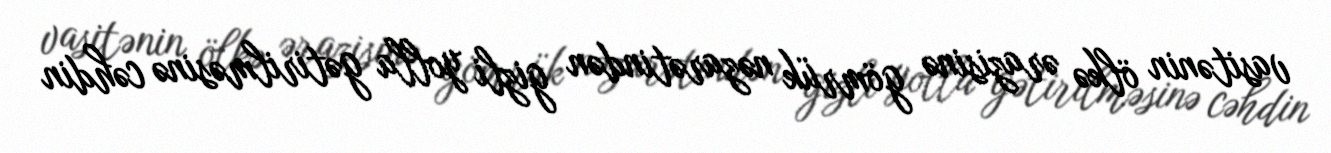
vasitənin ölkə ərazisinə gömrük nəzarətindən gizli yolla gətirilməsinə cəhdin